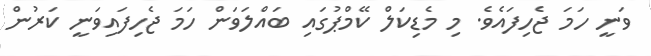
ވަނީ ހަމަ ޖެހިފައެވެ. މި މެޑިކަލްް ކޭމްޕުގައި ބައްލަވަން ހަމަ ޖެހިފައިވަނީ ކަރުން